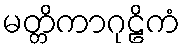
မတ္တိကာဂုဠိကံ